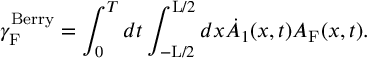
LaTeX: { \gamma } _ { \mathrm { F } } ^ { \mathrm { B e r r y } } = \int _ { 0 } ^ { T } d t \int _ { - \mathrm { L } / 2 } ^ { \mathrm { L } / 2 } d x \dot { A } _ { 1 } ( x , t ) { \cal A } _ { \mathrm { F } } ( x , t ) .